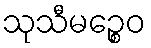
သုသီမဉ္စေဝ